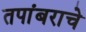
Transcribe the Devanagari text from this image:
तपांबराचे